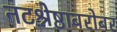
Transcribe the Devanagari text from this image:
नटश्रेष्ठाबरोबर